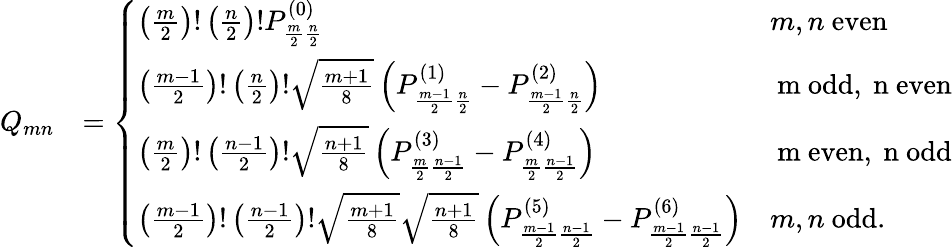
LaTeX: \begin{array}{rl}{Q_{mn}}&{=\left\{ \begin{array}{ll}{\left(\frac{m}{2}\right)!\left(\frac{n}{2}\right)!P_{\frac{m}{2}\frac{n}{2}}^{(0)}}&{m,n\mathrm{~even}}\\ {\left(\frac{m-1}{2}\right)!\left(\frac{n}{2}\right)!\sqrt{\frac{m+1}{8}}\left(P_{\frac{m-1}{2}\frac{n}{2}}^{(1)}-P_{\frac{m-1}{2}\frac{n}{2}}^{(2)}\right)}&{\mathrm{~m~odd,~n~even}}\\ {\left(\frac{m}{2}\right)!\left(\frac{n-1}{2}\right)!\sqrt{\frac{n+1}{8}}\left(P_{\frac{m}{2}\frac{n-1}{2}}^{(3)}-P_{\frac{m}{2}\frac{n-1}{2}}^{(4)}\right)}&{\mathrm{~m~even,~n~odd}}\\ {\left(\frac{m-1}{2}\right)!\left(\frac{n-1}{2}\right)!\sqrt{\frac{m+1}{8}}\sqrt{\frac{n+1}{8}}\left(P_{\frac{m-1}{2}\frac{n-1}{2}}^{(5)}-P_{\frac{m-1}{2}\frac{n-1}{2}}^{(6)}\right)}&{m,n\mathrm{~odd.}}\end{array}\right.}\end{array}